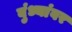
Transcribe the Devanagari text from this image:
बुंध्यांवर